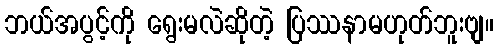
ဘယ်အပွင့်ကို ရွေးမလဲဆိုတဲ့ ပြဿနာမဟုတ်ဘူးဗျ။